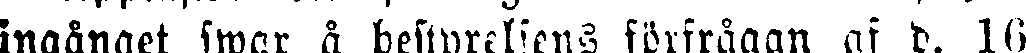
ingånget swar å bestyrelsens förfrågan af d. 16